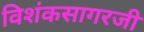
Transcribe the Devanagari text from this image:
विशंकसागरजी